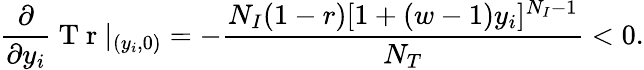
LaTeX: \frac{\partial}{\partial y_{i}}\mathrm{~T~r~}|_{(y_{i},0)}=-\frac{N_{I}(1-r)[1+(w-1)y_{i}]^{N_{I}-1}}{N_{T}}<0.